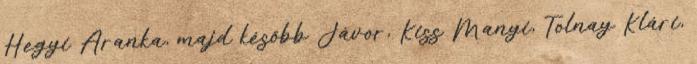
Hegyi Aranka, majd később Jávor, Kiss Manyi, Tolnay Klári,